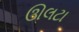
ઊલટા